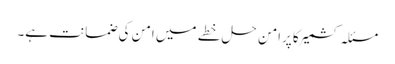
مسئلہ کشمیرکا پرامن حل خطے میں امن کی ضمانت ہے۔